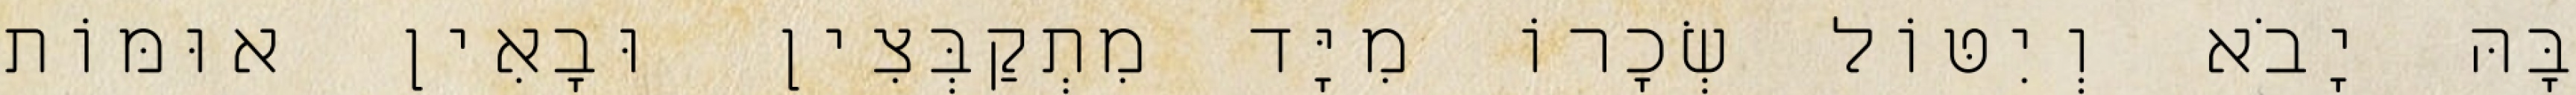
בָּהּ יָבֹא וְיִטּוֹל שְׂכָרוֹ מִיָּד מִתְקַבְּצִין וּבָאִין אוּמּוֹת